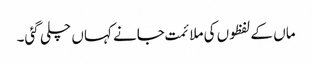
ماں کے لفظوں کی ملائمت جانے کہاں چلی گئی۔